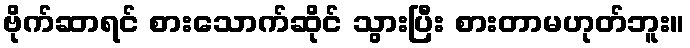
ဗိုက်ဆာရင် စားသောက်ဆိုင် သွားပြီး စားတာမဟုတ်ဘူး။